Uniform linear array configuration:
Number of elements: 16
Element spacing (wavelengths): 0.5
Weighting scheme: exponential
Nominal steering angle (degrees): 15
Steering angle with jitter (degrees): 15.2
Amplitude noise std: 0.05
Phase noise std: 0.05

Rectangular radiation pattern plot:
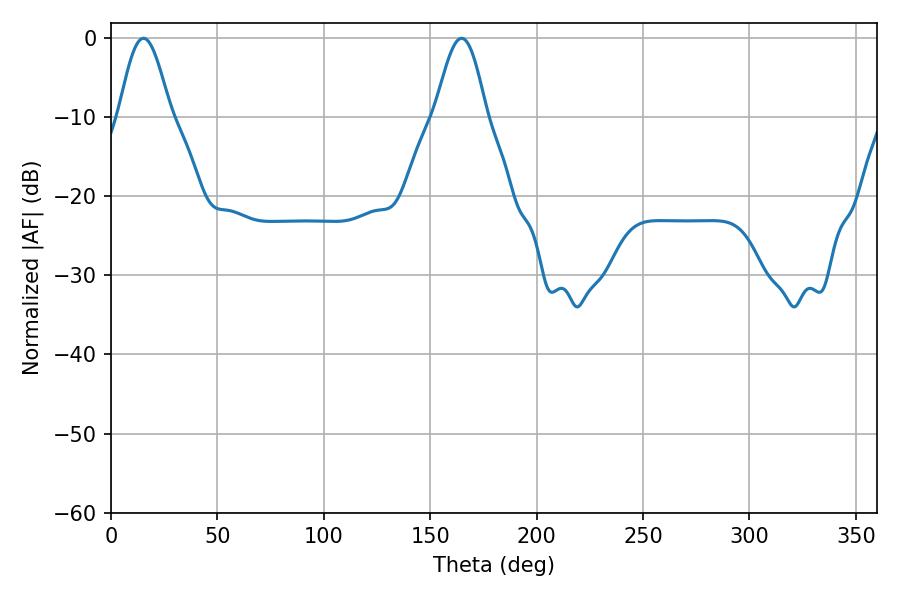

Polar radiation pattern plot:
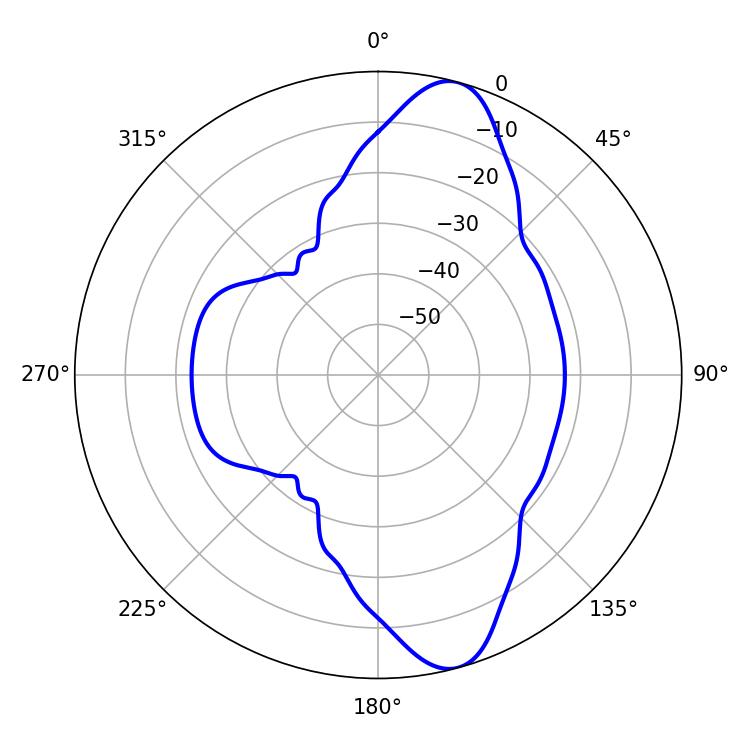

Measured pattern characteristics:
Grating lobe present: FALSE
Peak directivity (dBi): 11.336
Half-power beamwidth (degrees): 12.96
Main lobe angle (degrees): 15.3